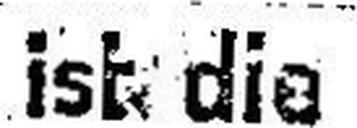
ist die